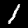
Label: 1